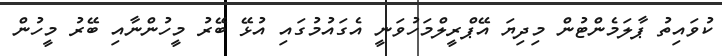
ކުވައިތު ޕާލަމެންޓުން މިދިޔަ އޭޕްރީލްމަހުވަނީ އެގައުމުގައި އުޅޭ ބޭރު މީހުންނާއި ބޭރު މީހުން